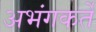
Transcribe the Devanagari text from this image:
अभंगकर्ते